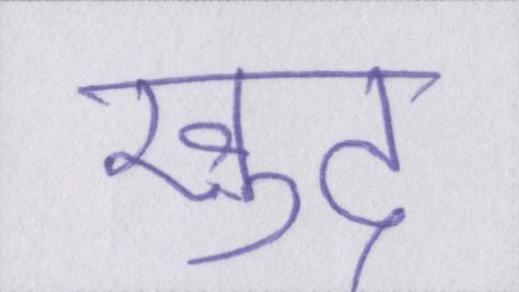
ख़ुद